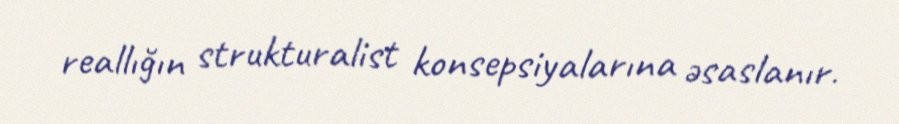
reallığın strukturalist konsepsiyalarına əsaslanır.